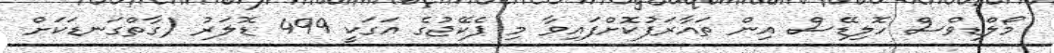
މޯލްޑިވްސް ހޮލިޑޭސް އިން ތައާރަފުކޮށްފައިވާ މި ޕެކޭޖުގެ އަގަކީ 499 ޑޮލަރު (ގާތްގަނޑަކަށް